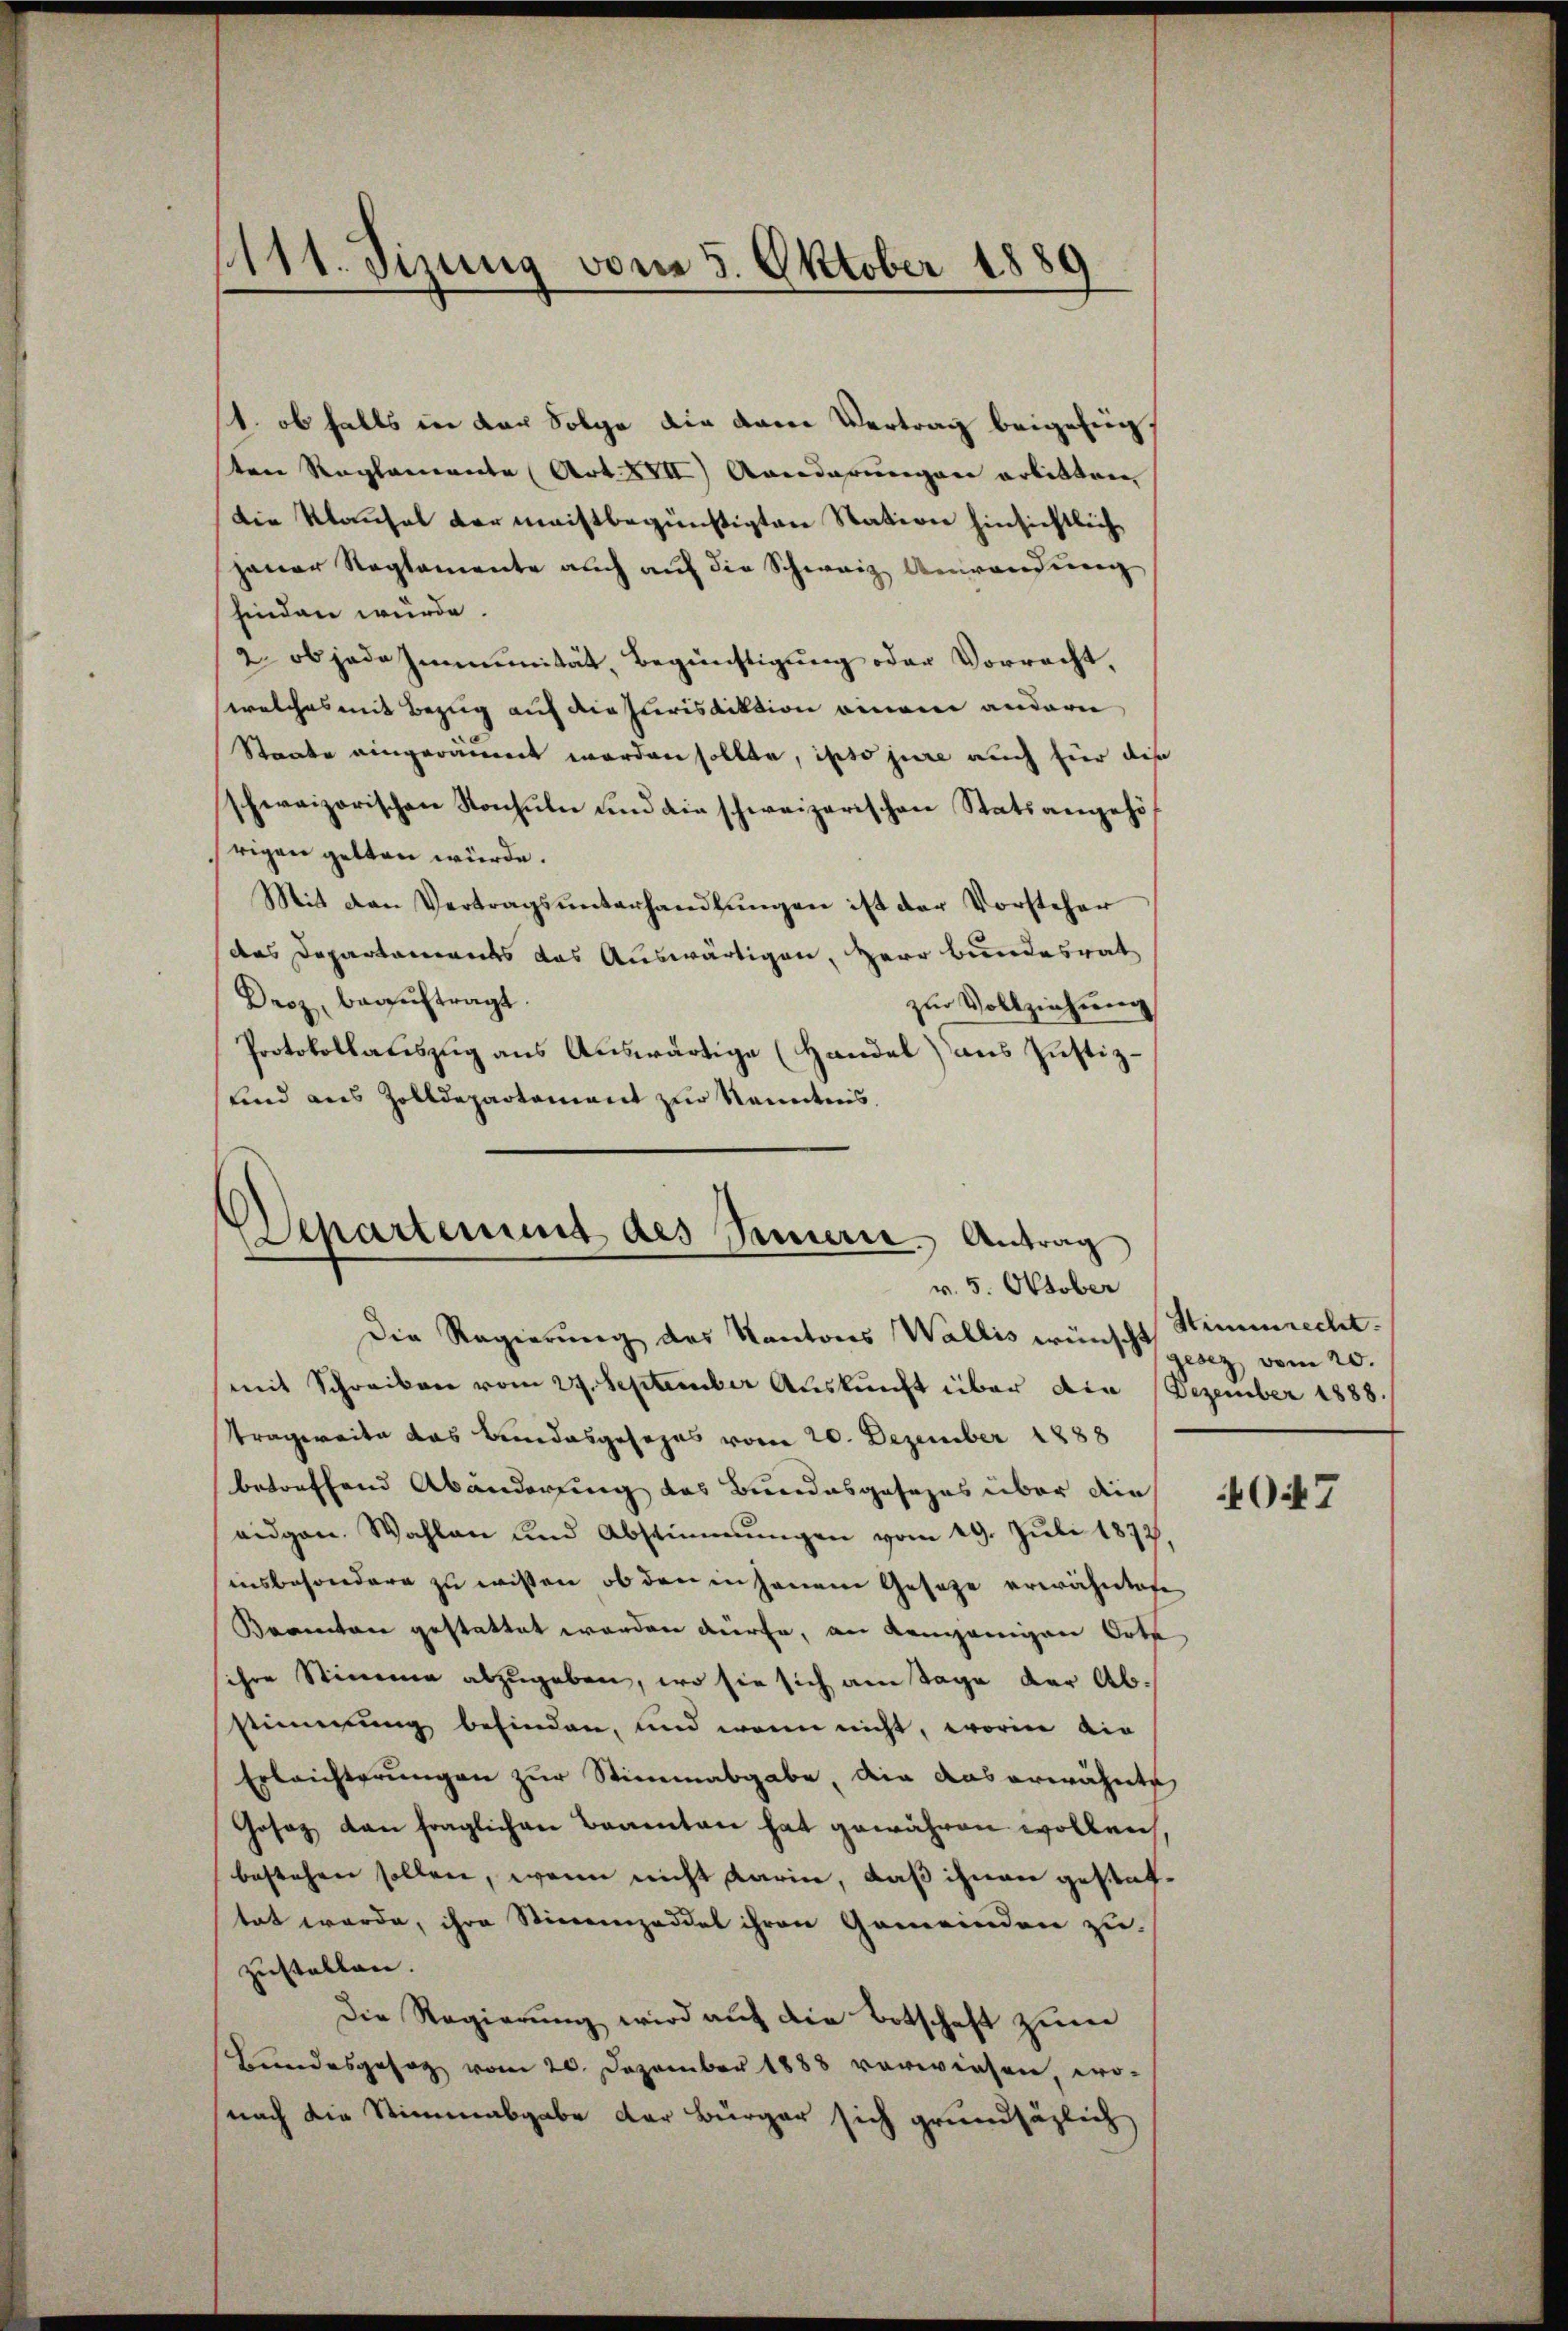
1111. Sizung vom 5. Oktober 1889

1. ob falls in der Folge die vom Vertrag beigefügten Reglemente (Art. XVII) Anderungen arbitten
Die Klausal der meistbegünstigten Station hinsichtlich
janer Reglemente auch auf die Schweiz Anwendung
finden würde.
2. ob jede Immunität, Begünstigung oder Vorrecht,
welches mit Bezug auf die Jurisdiktion einem andern
Staate eingeräumt worden sollte, ipso jure auch hier die
schweizerischen Konsuln und die schweizerischen Statsangehörigen gelten würde.
Mit den Vertragsŭnterhandlŭngen ist der Vorsteher
das Departements das Auswärtigen, Herr Bundesrat
Droz, beauftragt
zur Vollziehung
Protokollauszug aus Auswärtige (Handel) aus Justiz-
und aus Zolldepartement zur Kenntnis

Departement des Bemerie. Antrag
v. 5. Oktober

Die Regierung des Kantons Wallis wünscht
mit Schreiben vom 29. September Auskunft über die Dezember 1888.
Ttragereite das Bundesgesezes vom 20. Dezember 1888
betreffend Abänderung des Bundesgesezes über die
eidgen. Wahlen und Abstimmungen vom 29. Juli 1877,
insbesondere zu wissen, ob den in jenem Gesetze erwähntafe
Beamten gestattet worden dürfe, an dangenigen Orte
sihre Stimme abzugeben, wo sie sich am Tage der Abstimmung befinden, und wenn nicht, worin die
Erleichterungen zur Stimmabgabe, die das erwähnte
Gosaz dan fraglichen Beamten hat gewähren wollen,
bestehen sollen, wenn nicht darin, daß ihnen gestattet werde, ihre Stimmzeddel ihren Gemeinden zuzustellen. |
Die Regierung wird auf die Botschaft zum
Landesgesag vom 20. Dezember 1888 vorwiesen wo-
nach die Stimmabgabe der Bürger sich grundsäzlich

Stimmrecht.
gesez vom 20.

Oit 7